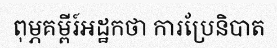
ពុម្ភគម្ពីរ៍អដ្ឋកថា ការប្រែនិបាត